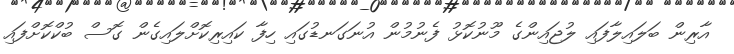
އާރިން ބަލައިލާފައި ލުޖައިންގެ މޫނުކޮޅު ފެނުމުން އުނަގަނޑުގައި ހިފާ ކައިރިކޮށްލައިގެން ގޮސް ބުކްކޮށްފައި